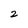
Character: 2